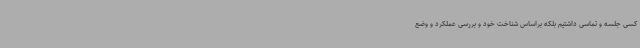
کسی جلسه و تماسی داشتیم بلکه براساس شناخت خود و بررسی عملکرد و وضع